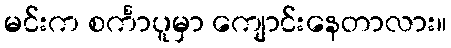
မင်းက စင်္ကာပူမှာ ကျောင်းနေတာလား။